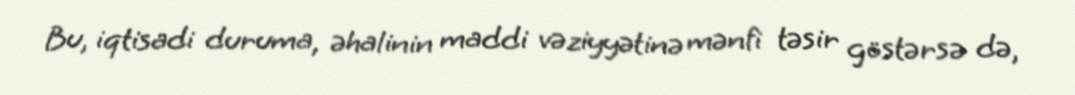
Bu, iqtisadi duruma, əhalinin maddi vəziyyətinə mənfi təsir göstərsə də,